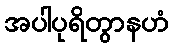
အပါပုရိတွာနဟံ